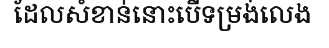
ដែលសំខាន់នោះបើទម្រង់លេង